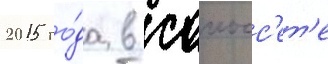
2015 го́да в саиосс'ет'е